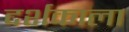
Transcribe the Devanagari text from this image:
दर्शकाला